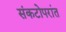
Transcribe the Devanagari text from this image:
संकटोपरांत